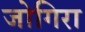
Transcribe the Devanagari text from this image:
जोगिरा